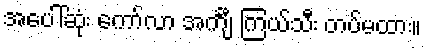
အပေါ်ဆုံး ကော်လာ အင်္ကျီ ကြယ်သီး တပ်မထား။